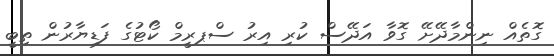
ގޮތެއް ނިންމާދޭށޭ ގޮވާ އަދޭސް ކުރި އިރު ސްޕރީމް ކޯޓުގެ ފަޑިޔާރުން ތިބީ